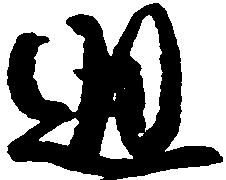
通